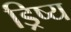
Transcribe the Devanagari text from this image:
ड्रिष्य